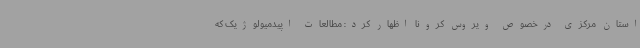
استان مرکزی درخصوص ویروس کرونا اظهار کرد: مطالعات اپیدمیولوژیک که